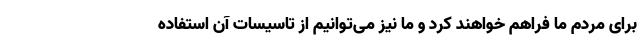
برای مردم ما فراهم خواهند کرد و ما نیز می‌توانیم از تاسیسات آن استفاده